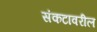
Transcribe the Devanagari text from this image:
संकटावरील